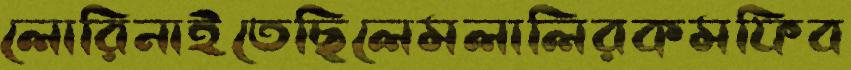
লোরিনাইতেছিলেমলালিরকমফিব